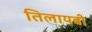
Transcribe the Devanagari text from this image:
तिलायबी